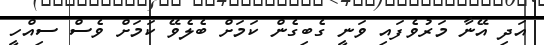
އަދި އޭނާ މަރުވެފައި ވަނީ ގެބިގެން ކަމަށް ބެލެވޭ ކަމަށް ވެސް ސިއްހީ